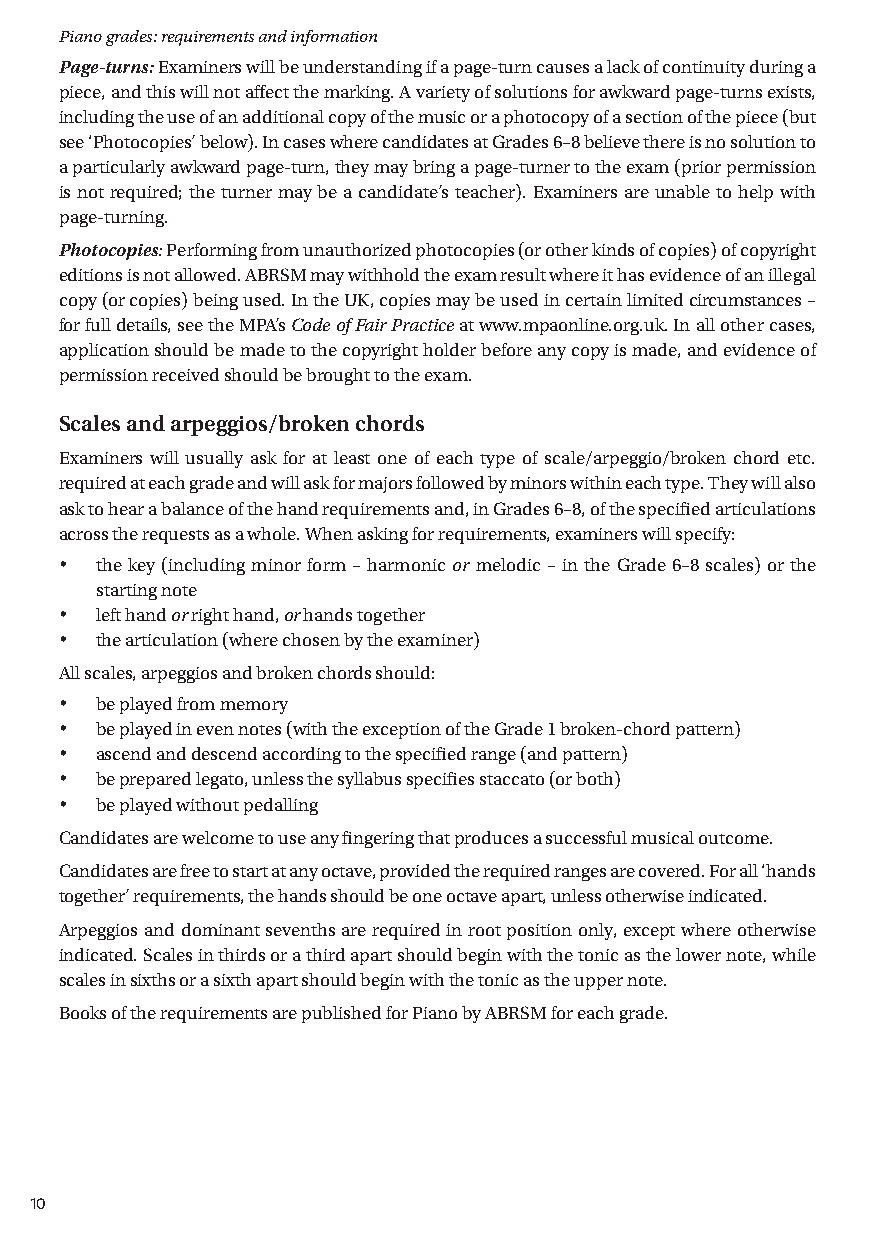
Piano grades: requirements and information
 Page-turns: Examiners will be understanding if a page-turn causes a lack of continuity during a
 piece, and this will not affect the marking. A variety of solutions for awkward page-turns exists,
 including the use of an additional copy of the music or a photocopy of a section of the piece (but
 see ‘Photocopies’ below). In cases where candidates at Grades 6–8 believe there is no solution to
 a particularly awkward page-turn, they may bring a page-turner to the exam (prior permission
 is not required; the turner may be a candidate’s teacher). Examiners are unable to help with
 page-turning.
 Photocopies: Performing from unauthorized photocopies (or other kinds of copies) of copyright
 editions is not allowed. ABRSM may withhold the exam result where it has evidence of an illegal
 copy (or copies) being used. In the UK, copies may be used in certain limited circumstances –
 for full details, see the MPA’s Code of Fair Practice at www.mpaonline.org.uk. In all other cases,
 application should be made to the copyright holder before any copy is made, and evidence of
 permission received should be brought to the exam.
 Scales and arpeggios/broken chords
 Examiners will usually ask for at least one of each type of scale/arpeggio/broken chord etc.
 required at each grade and will ask for majors followed by minors within each type. T hey will also
 ask to hear a balance of the hand requirements and, in Grades 6–8, of the specified articulations
 across the requests as a whole. When asking for requirements, examiners will specify:
 •  the key (including minor form – harmonic or melodic – in the Grade 6–8 scales) or the
 starting note
 •  left hand or right hand, or hands together
 •  the articulation (where chosen by the examiner)
 All scales, arpeggios and broken chords should:
 •  be played from memory
 •  be played in even notes (with the exception of the Grade 1 broken-chord pattern)
 •  ascend and descend according to the specified range (and pattern)
 •  be prepared legato, unless the syllabus specifies staccato (or both)
 •  be played without pedalling
 Candidates are welcome to use any fingering that produces a successful musical outcome.
 Candidates are free to start at any octave, provided the required ranges are covered. For all ‘hands
 together’ requirements, the hands should be one octave apart, unless otherwise indicated.
 Arpeggios and dominant sevenths are required in root position only, except where otherwise
 indicated. Scales in thirds or a third apart should begin with the tonic as the lower note, while
 scales in sixths or a sixth apart should begin with the tonic as the upper note.
 Books of the requirements are published for Piano by ABRSM for each grade.
 10